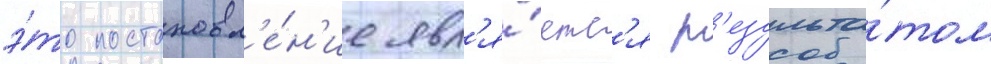
э́то постановл'е́н'ие явл'я́етс'я р'езульта́том